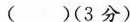
( )(3分)